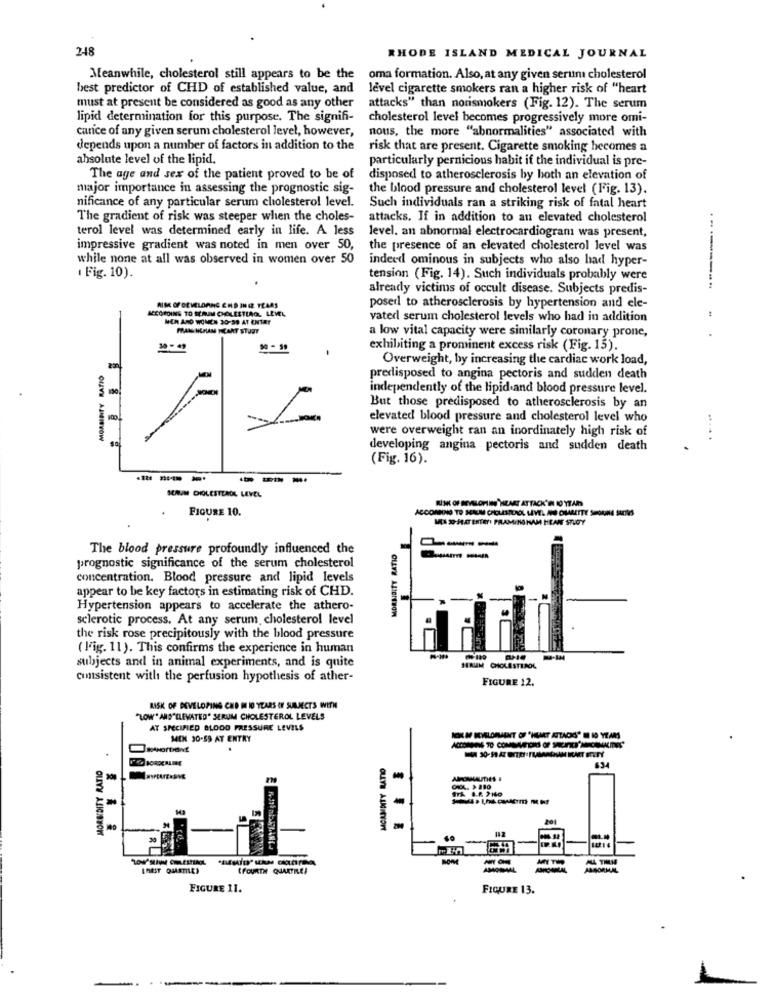
248
RHODE ISLAND MEDICAL JOURNAL
Meanwhile, cholesterol still appears to be the
oma formation. Also, at any given serun cholesterol
best predictor of CHD of established value, and
level cigarette smokers ran a higher risk of "heart
must at present be considered as good as any other
attacks" than norismokers (Fig. 12). The serum
lipid determination for this purpose. The signifi-
cholesterol level becomes progressively more omi-
carice of any given serum cholesterol level, however,
nous, the more "abnormalities" associated with
depends upon a number of factors in addition to the
risk that are present. Cigarette smoking hecomes a
absolute level of the lipid.
particularly pernicious habit if the individual is pre-
The age and sex of the patient proved to be of
disposed to atherosclerosis by both an elevation of
major importance in assessing the prognostic sig-
the blood pressure and cholesterol level (Fig. 13).
nificance of any particular serum cholesterol level.
Such individuals ran a striking risk of fatal heart
The gradient of risk was steeper when the choles-
attacks. If in addition to an elevated cholesterol
terol level was determined early in life. A less
level. an abnormal electrocardiogram was present,
impressive gradient was noted in men over 50,
the presence of an elevated cholesterol level was
while none at all was observed in women over 50
indeed ominous in subjects who also had hyper-
( Fig. 10).
tension (Fig. 14). Such individuals probably were
already victims of occult disease. Subjects predis-
--------
ACCORDING TO SCRAM CHOLESTEROL LEVEL
AIM OFDEVELOPING END INIZ TEARS
posed to atherosclerosis by hypertension and ele-
MEN AND WOMEN 30-39 AT ENTRY
vated serum cholesterol levels who had in addition
a low vital capacity were similarly coronary prone,
exhibiting a prominent excess risk (Fig. 15).
Overweight, by increasing the cardiac work load,
MORBIDITY RATIO
predisposed to angina pectoris and sudden death
130
independently of the lipid and blood pressure level.
But those predisposed to atherosclerosis by an
elevated blood pressure and cholesterol level who
were overweight ran an inordinately high risk of
.....
developing angina pectoris and sudden death
(Fig. 16).
SEAUM CHOLESTEROL LEVEL
RİSK OF DEVELOPING"HEART ATTACK'IN 10 YEARS
FIGURE 10.
ACCORDING TO HERUM CHOLESTEROL LEVEL AND CHARETTE SHORNE SUOIVS
MI1 30-FLAT ENTRY! PRAMINGHAM HEAN STUDY
----
The blood pressure profoundly influenced the
prognostic significance of the serum cholesterol
concentration. Blood pressure and lipid levels
appear to be key factors in estimating risk of CHD.
Hypertension appears to accelerate the athero-
sclerotic process. At any serum cholesterol level
the risk rose precipitously with the blood pressure
( Fig. 11). This confirms the experience in human
SERUM
subjects and in animal experiments, and is quite
CHOLESTEROL
consistent with the perfusion hypothesis of ather-
FIGURE 12.
RISK OF DEVELOPING CHE I ID YEARS OF SUALECTS WITH
"LOW" AND"ELEVATED" SERUM CHOLESTEROL LEVELS
AT SPECIFIED BLOOD PRESSURE LEVELS
MEN 30-59 AY ENTRY
MORBIDITY RATIO
634
CHOL. 9 280
MIT
" FOURTH QUARTILEJ
ANSORMAL
FIGURE 11.
FIGURE 13.